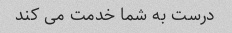
درست به شما خدمت می کند